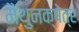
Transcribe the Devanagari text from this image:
मैथुनक्षेत्र